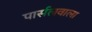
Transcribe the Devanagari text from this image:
पार्सलवाला